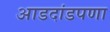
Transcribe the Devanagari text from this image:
आडदांडपणा